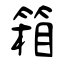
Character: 箱